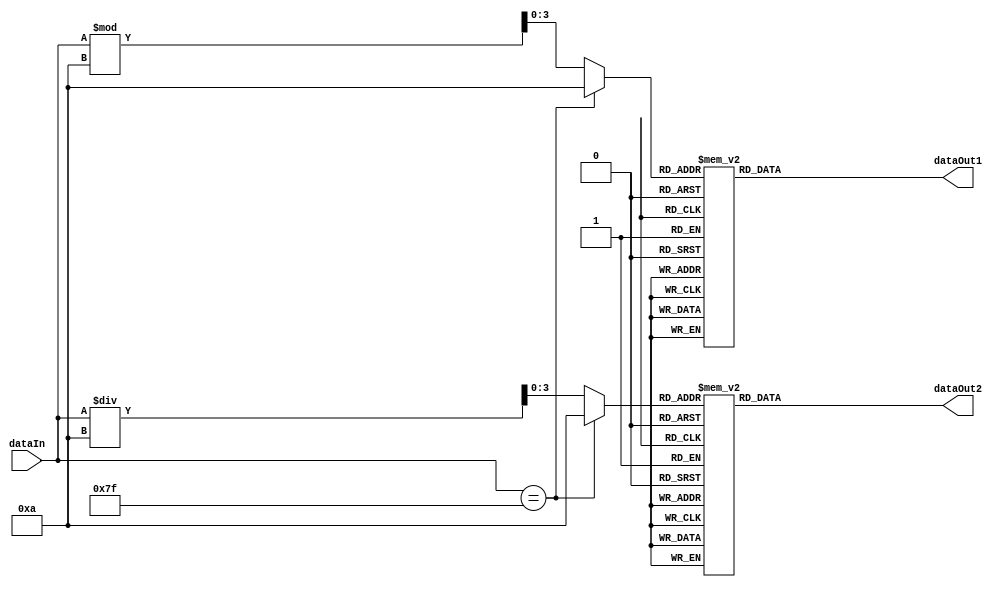
module sevenSegmentDisplay(input[6:0] dataIn, output[6:0] dataOut1, output[6:0] dataOut2);

    parameter NONE = 7'b111_1111;   // Don't display
    parameter ZERO = 7'b000_0001;   // Display "0"
    parameter ONE = 7'b100_1111;    // Display "1"
    parameter TWO = 7'b001_0010;    // Display "2"
    parameter THREE = 7'b000_0110;  // Display "3"
    parameter FOUR = 7'b100_1100;   // Display "4"
    parameter FIVE = 7'b010_0100;   // Display "5"
    parameter SIX = 7'b010_0000;    // Display "6"
    parameter SEVEN = 7'b000_1111;  // Display "7"
    parameter EIGHT = 7'b000_0000;  // Display "8"
    parameter NINE = 7'b000_0100;   // Display "0"
    
    reg [6:0] led_1; // This is register for led 7segment correspondingly the unit value
    reg [6:0] led_2; // This is register for led 7segment correspondingly the tens value
    
    wire [3:0] temp[1:0]; // This is a parameter value to get the unit and tens value
    
    assign temp[0] = dataIn == 7'b1111111 ? 10 : dataIn % 10; //Get the unit value
    assign temp[1] = dataIn == 7'b1111111 ? 10 : dataIn / 10; // Get the tens value
    
    always@(dataIn)
        begin
                case(temp[0])
                    4'd0: led_1 <= ZERO;
                    4'd1: led_1 <= ONE;
                    4'd2: led_1 <= TWO;
                    4'd3: led_1 <= THREE;
                    4'd4: led_1 <= FOUR;
                    4'd5: led_1 <= FIVE;
                    4'd6: led_1 <= SIX;
                    4'd7: led_1 <= SEVEN;
                    4'd8: led_1 <= EIGHT;
                    4'd9: led_1 <= NINE;
                    default: led_1 <= NONE;
                endcase
                case(temp[1])
                    4'd0: led_2 <= ZERO;
                    4'd1: led_2 <= ONE;
                    4'd2: led_2 <= TWO;
                    4'd3: led_2 <= THREE;
                    4'd4: led_2 <= FOUR;
                    4'd5: led_2 <= FIVE;
                    4'd6: led_2 <= SIX;
                    4'd7: led_2 <= SEVEN;
                    4'd8: led_2 <= EIGHT;
                    4'd9: led_2 <= NINE;
                    default: led_2 <= NONE;
                endcase
            end
        
        assign dataOut1 = led_1;
        assign dataOut2 = led_2;    
        
endmodule